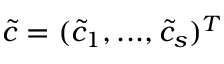
\boldsymbol { \tilde { c } } = ( \tilde { c } _ { 1 } , . . . , \tilde { c } _ { s } ) ^ { T }